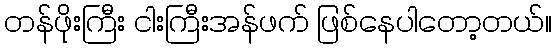
တန်ဖိုးကြီး ငါးကြီးအန်ဖက် ဖြစ်နေပါတော့တယ်။